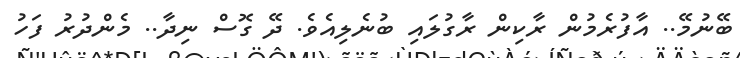
ބޭނުމޭ.. އާފުރެމުން ރާކިން ރާގުލައި ބުނެލިއެވެ. ދޭ ގޮސް ނިދާ.. މެންދުރު ފަހު